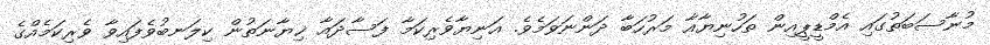
މުނާސަބަތުގައި އެމްޑީޕީއިން ތަހުނިޔާއާ މަރުހަބާ ދަންނަވަމެވެ. އަނިޔާވެރިކަމާ ފަސާދައާ ޚިޔާނަތުން ކިލަނބުވެފައިވާ ވެރިކަމެއްގެ